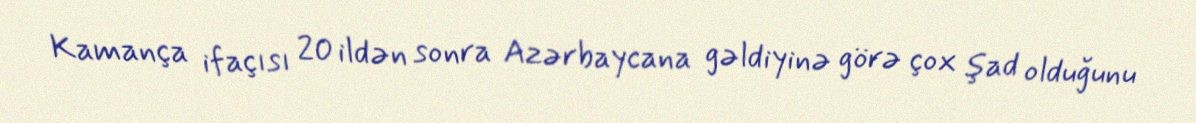
Kamança ifaçısı 20 ildən sonra Azərbaycana gəldiyinə görə çox şad olduğunu